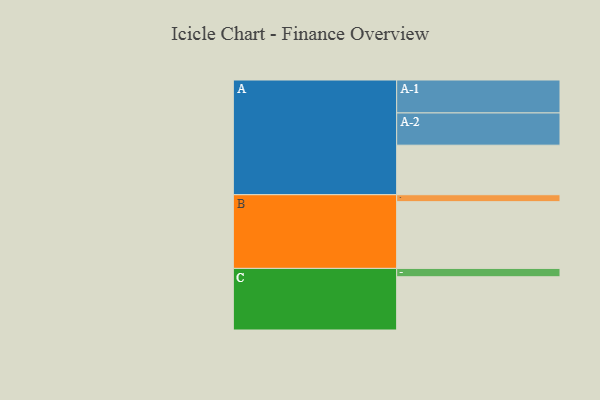
{"axis": {"x": "Segment", "y": "Value"}, "legend": ["", "A", "B", "C"], "data": [{"x": "A", "y": 415, "type": ""}, {"x": "B", "y": 559, "type": ""}, {"x": "C", "y": 446, "type": ""}, {"x": "A-1", "y": 276, "type": "A"}, {"x": "A-2", "y": 270, "type": "A"}, {"x": "B-1", "y": 58, "type": "B"}, {"x": "C-1", "y": 70, "type": "C"}]}